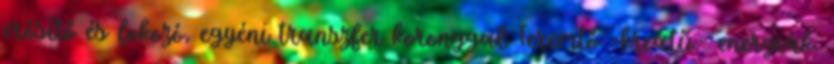
erősítő és fokozó, egyéni transzfer koronggal Teremtő -kreatív- energiák.